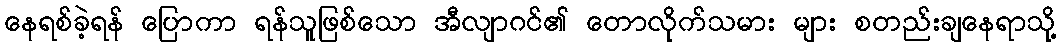
နေရစ်ခဲ့ရန် ပြောကာ ရန်သူဖြစ်သော အီလျာဂင်၏ တောလိုက်သမား များ စတည်းချနေရာသို့